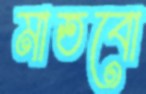
মাতবো